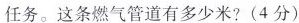
任务。这条燃气管道有多少米?(4分)